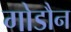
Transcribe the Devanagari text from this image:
गोडौन